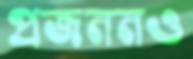
প্রজননও